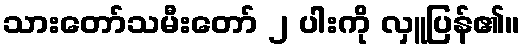
သားတော်သမီးတော် ၂ ပါးကို လှူပြန်၏။